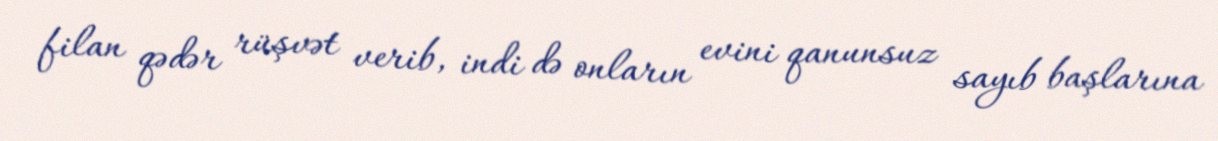
filan qədər rüşvət verib, indi də onların evini qanunsuz sayıb başlarına